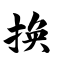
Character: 换